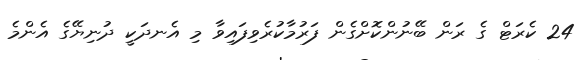
24 ކެރަޓް ގެ ރަން ބޭނުންކޮށްގެން ފަރުމާކުރެވިފައިވާ މި އެނދަކީ ދުނިޔޭގެ އެންމެ